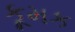
કૂમક